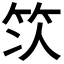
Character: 𫁴